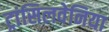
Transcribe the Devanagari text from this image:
ट्रांसिलवेनिया